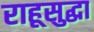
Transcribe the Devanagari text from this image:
राहूसुद्धा